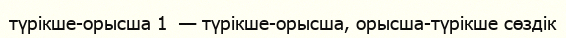
түрікше-орысша 1  — түрікше-орысша, орысша-түрікше сөздік